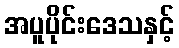
အပူပိုင်းဒေသနှင့်